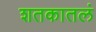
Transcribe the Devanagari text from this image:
शतकातलं